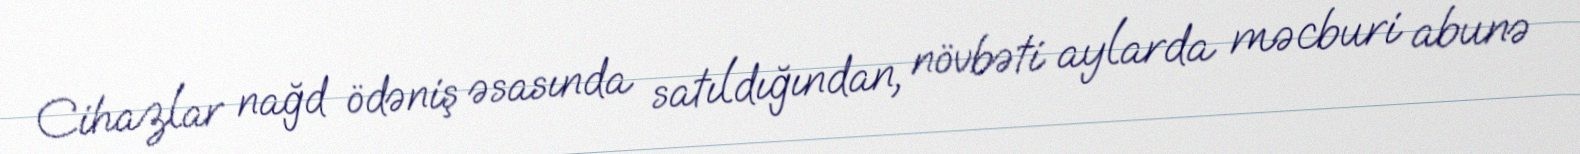
Cihazlar nağd ödəniş əsasında satıldığından, növbəti aylarda məcburi abunə